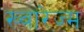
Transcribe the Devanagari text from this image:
ख्वारेज्म